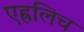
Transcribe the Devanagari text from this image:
एह्रलिच